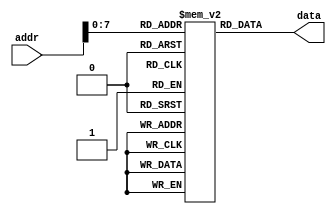
module instr_mem (addr,data);
	parameter size = 200;
	input [15:0] addr;
	output[15:0] data;
	
	reg [15:0] ROM[0:size-1];
	
	initial 
		begin
		
		ROM[0]<=16'b10_00_001_001_000_001;	//JaL R1 ,001_000_001 i.e pc +65 and r0<=0001;
		ROM[1]<=16'b00_01_000_000_011_000;	//adi r0,r0,011_000	r0<=r0+18			SHOULD BE NEGLECTED

		ROM[65]<=16'b00_01_000_011_011_000;	//adi r3,r0,011_000	r3<=r0+18 i.e r3=0018
		ROM[66]<=16'b00_01_000_010_011_011;	//adi r2,r0,011_011 r2<=r0+1b i.e r2=001b
		ROM[67]<=16'b00_00_111_011_100_0_00;//add r4,r3,r7 r4<=r3+r7 i.e r4=005b
		ROM[68]<=16'b00_00_010_100_101_0_00;//add r5,r3,r2 r5<=r4+r2 i.e r5=004e
		ROM[69]<=16'b00_11_001_001_001_000; // LHI R1,h48			put h2400	i.e r1=2400
		ROM[70]<=16'b00_00_010_011_000_0_01;//adz a2,a3,a0 a0<=a1+a2 if z=0;	no addition	
		ROM[71]<=16'b00_10_011_010_110_0_00;//ndu r3,r2,r6 r6<=!(r2 & r3) i.e r6=ffe7
		ROM[72]<=16'b01_01_011_000_001_010;	//Save r3 in 000a			[000a]=r3=0018
		ROM[73]<=16'b01_00_101_000_001_010;	//load r5 from 000a			r5=0018=[000a]
		ROM[74]<=16'b01_11_000_0_0100_1101;	//SM 0,2,3,6 from 0000 to 0003 from Ref to mem
											//[0000]=0000
											//[0001]=001b
											//[0002]=0018
											//[0003]=ffe7
		ROM[75]<=16'b00_01_001_010_011_011;	//adi r2,r1,011_011 r2<=r1+1b i.e r2 =241b
		ROM[76]<=16'b01_10_000_0_0111_1111;	//LM All other than r7 from 0000 to 0005 from Ref to mem
												//r0=0000	
												//r1=001b
												//r2=0018	
												//r3=ffe7
												//r4=0000
												//r5=0000
												//r6=0000	
		ROM[77]<=16'b10_01_011_001_000_000;	//JLR R3 ,r1 i.e pc<=r1=001b &	r3=<004e
		ROM[78]<=16'b00_01_000_000_011_000;	//adi r0,r0,011_000	r0<=r0+18			SHOULD BE NEGLECTED
		
		ROM[26]<=16'b00_01_000_000_011_000;	//adi r0,r0,011_000	r0<=r0+18			SHOULD BE NEGLECTED
		
	  //ROM[65]<=16'b00_01_000_011_011_000;	//adi r3,r0,011_000	r3<=r0+18 i.e r3=0018
		ROM[27]<=16'b00_01_000_011_011_011;	//adi r3,r0,111_011	r3<=r0+1b i.e r3=001b
		ROM[28]<=16'b11_00_010_101_010_010;	//beq r2,r5 01_00_11							FALSE BRANCH
		ROM[29]<=16'b11_00_100_101_010_010;	//beq r4,r5 01_00_11 PC<=29d+12h=47d			TRUE BRANCH
	
		ROM[30]<=16'b00_01_000_000_011_000;	//adi r0,r0,011_000	r0<=r0+18			SHOULD BE NEGLECTED
		ROM[46]<=16'b00_01_000_000_011_000;	//adi r0,r0,011_000	r0<=r0+18			SHOULD BE NEGLECTED
		
		ROM[47]<=16'b00_01_000_101_000_001;	//adi r3,r0,011_000	r5<=r0+01	r5=0001
		ROM[48]<=16'b00_01_000_111_011_111;	//adi r7,r0,011_000	r7<=r0+1f   r7=001f
		//i.e PC changed to 1fh=31d
		ROM[49]<=16'hffff;
		
		ROM[31]<=16'b00_01_000_110_111_000;	//adi r0,r0,111_000	r6<=r0+18	r6=fff8
		ROM[32]<=16'b01_00_101_000_001_010;	//load r5 from 000a			r5=0018=[000a]
		ROM[33]<=16'b00_00_101_101_100_0_00;//adc r4,r5,r5 r4<=r5+r5 i.e r4=0030
		ROM[34]<=16'hffff;
		/*
		
		ROM[0]<=16'b00_01_000_011_011_100;	//adi r3,r0,011_000	r3<=r0+18 i.e r3=0018
		ROM[1]<=16'b00_01_000_010_000_111;	//adi r2,r0,011_011 r2<=r0+1b i.e r2=001b
		ROM[2]<=16'b11_00_011_000_000_100;	//beq r4,r0 00_00_100 looper	end 
		ROM[3]<=16'b00_00_100_010_100_0_00;//add r4,r2,r2 r4<=r2+r2 i.e looper
		ROM[4]<=16'b00_01_011_011_111_111;	//add r4,r2,r2 r4<=r2+r2 i.e
		ROM[5]<=16'b00_01_000_111_000_010;	//adi r7,r0,011_000	r7<=r0+2   r7=0002
		ROM[6]<=16'hffff;
		/*
		ROM[0]<=16'b10_00_001_001_000_001;	//JaL R1 ,001_000_001 i.e pc +65 and r0<=0001;
		ROM[65]<=16'b00_01_000_011_011_000;	//adi r3,r0,011_000	r3<=r0+18 i.e r3=0018
		*/
		end
	
	assign	data = ROM[addr];
	
	
endmodule